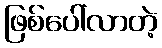
ဖြစ်ပေါ်လာတဲ့